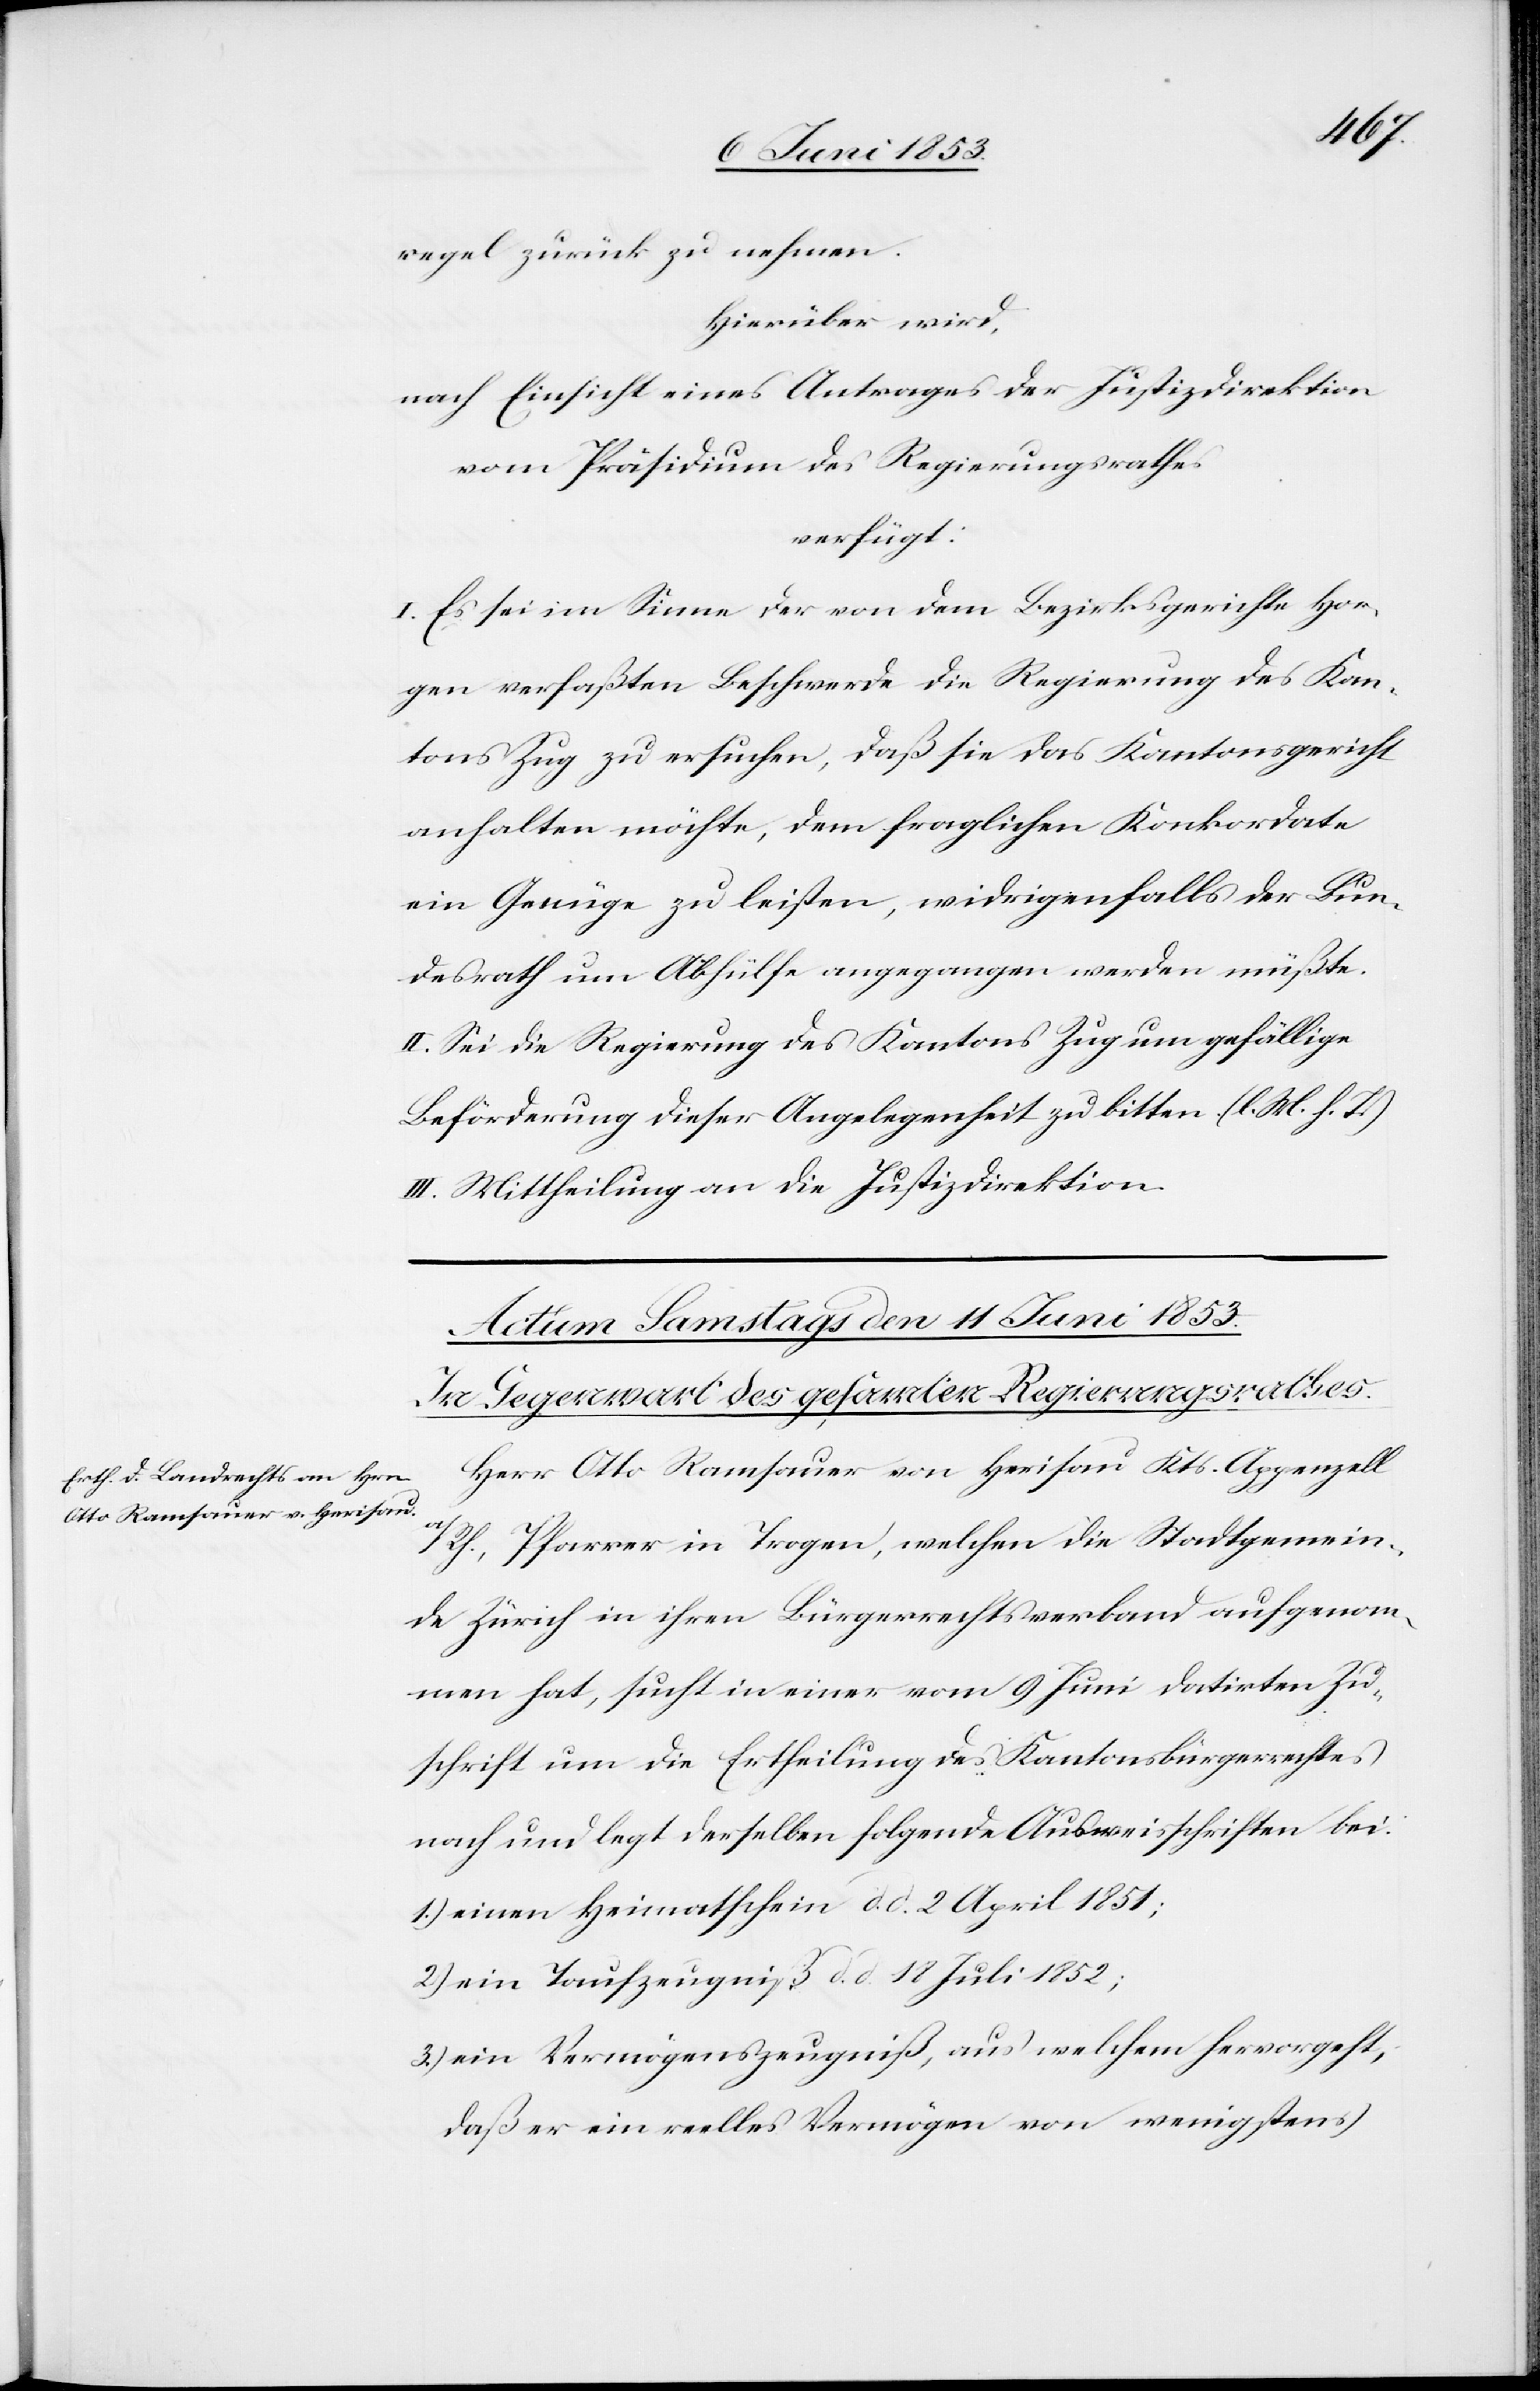
regel zurück zu nehmen.
Hierüber wird,
nach Einsicht eines Antrages der Justizdirektion
vom Präsidium des Regierungsrathes
verfügt:
I. Es sei im Sinne der von dem Bezirksgericht Hor¬
gen verfaßten Beschwerde die Regierung des Kan¬
tons Zug zu ersuchen, daß sie das Kantonsgericht
anhalten möchte, dem fraglichen Konkordate
ein Genüge zu leisten, widrigenfalls der Bun¬
desrath um Abhülfe angegangen werden müßte.
II. Sei die Regierung des Kantons Zug um gefällige
Beförderung dieser Angelegenheit zu bitten [l. M. h. T]
III. Mittheilung an die Justizdirektion.
Herr Alt-Ramsauer von Herisau Kts. Appenzell
a/Rh., Pfarrer in Trogen, welchen die Stadtgemein¬
de Zürich in ihren Bürgerrechtsverband aufgenom¬
men hat, sucht in einer vom 9 Juni datirten Zu¬
schrift um die Ertheilung des Kantonsbürgerrechtes
nach und legt derselben folgende Ausweisschriften bei.
1.) einen Heimatschein d. d. 2 April 1851;
2.) ein Taufzeugniß d. d. 18 Juli 1852;
3.) ein Vermögenszeugniß, aus welchem hervorgeht,
daß er ein reelles Vermögen von wenigstens